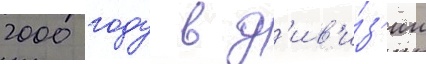
2000 году в д'ив'и́з'ии